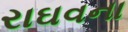
રાઘવના